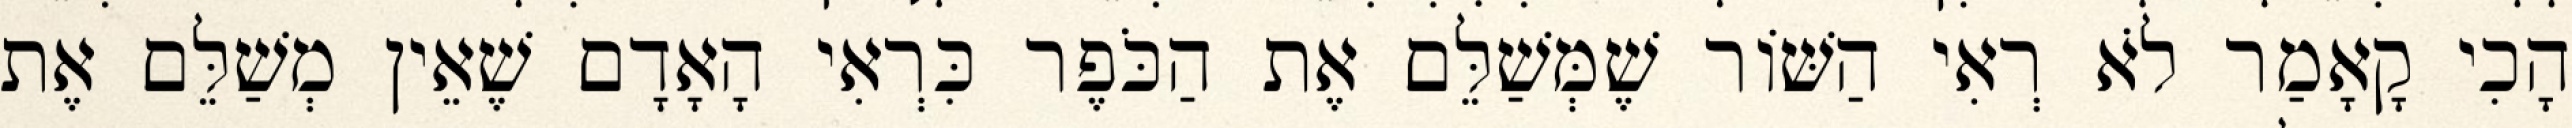
הָכִי קָאָמַר לֹא רְאִי הַשּׁוֹר שֶׁמְּשַׁלֵּם אֶת הַכֹּפֶר כִּרְאִי הָאָדָם שֶׁאֵין מְשַׁלֵּם אֶת